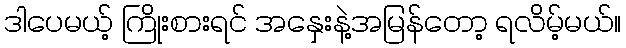
ဒါပေမယ့် ကြိုးစားရင် အနှေးနဲ့အမြန်တော့ ရလိမ့်မယ်။